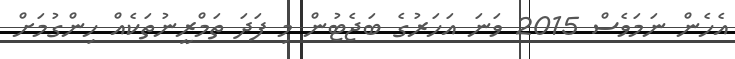
އެހެން ނަމަވެސް 2015 ވަނަ އަހަރުގެ ބަޖެޓުން މި ފަދަ ތަމްރީނުތަކެއް ހިންގުމަށް